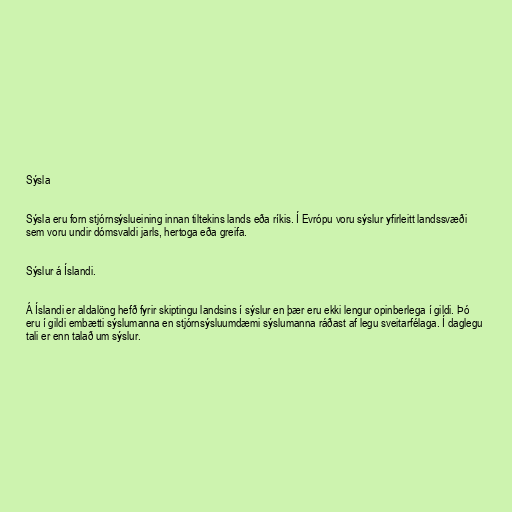
Sýsla

Sýsla eru forn stjórnsýslueining innan tiltekins lands eða ríkis. Í Evrópu voru sýslur yfirleitt landssvæði
sem voru undir dómsvaldi jarls, hertoga eða greifa.

Sýslur á Íslandi.

Á Íslandi er aldalöng hefð fyrir skiptingu landsins í sýslur en þær eru ekki lengur opinberlega í gildi. Þó
eru í gildi embætti sýslumanna en stjórnsýsluumdæmi sýslumanna ráðast af legu sveitarfélaga. Í daglegu
tali er enn talað um sýslur.